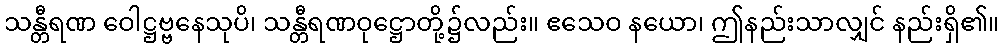
သန္တီရဏ ဝေါဋ္ဌဗ္ဗနေသုပိ၊ သန္တီရဏဝုဋ္ဌောတို့၌လည်း။ ဧသေဝ နယော၊ ဤနည်းသာလျှင် နည်းရှိ၏။